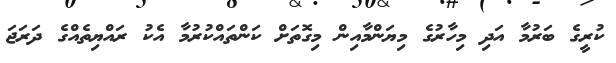
ކުރީގެ ބަރުމާ އަދި މިހާރުގެ މިޔަންމާއިން މިގޮތަށް ކަންތައްކުރުމާ އެކު ރައްޔިތެއްގެ ދަރަޖަ